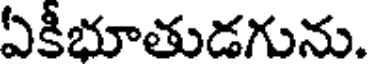
ఏకీభూతుడగును.